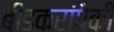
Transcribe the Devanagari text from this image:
बीडकरांपैकी